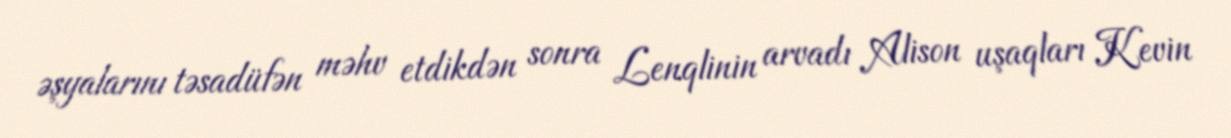
əşyalarını təsadüfən məhv etdikdən sonra Lenqlinin arvadı Alison uşaqları Kevin